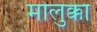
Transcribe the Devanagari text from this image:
मोलुक्का